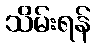
သိမ်းရန်